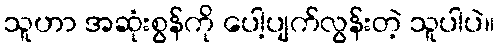
သူဟာ အဆုံးစွန်ကို ပေါ့ပျက်လွန်းတဲ့ သူပါပဲ။